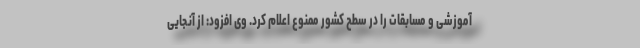
آموزشی و مسابقات را در سطح کشور ممنوع اعلام کرد. وی افزود: از آنجایی